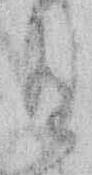
有